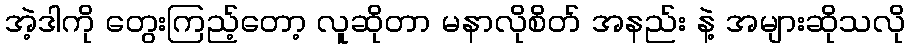
အဲ့ဒါကို တွေးကြည့်တော့ လူဆိုတာ မနာလိုစိတ် အနည်း နဲ့ အများဆိုသလို